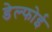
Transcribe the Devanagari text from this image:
डेल्फोई